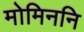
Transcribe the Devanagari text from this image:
मोमिननि